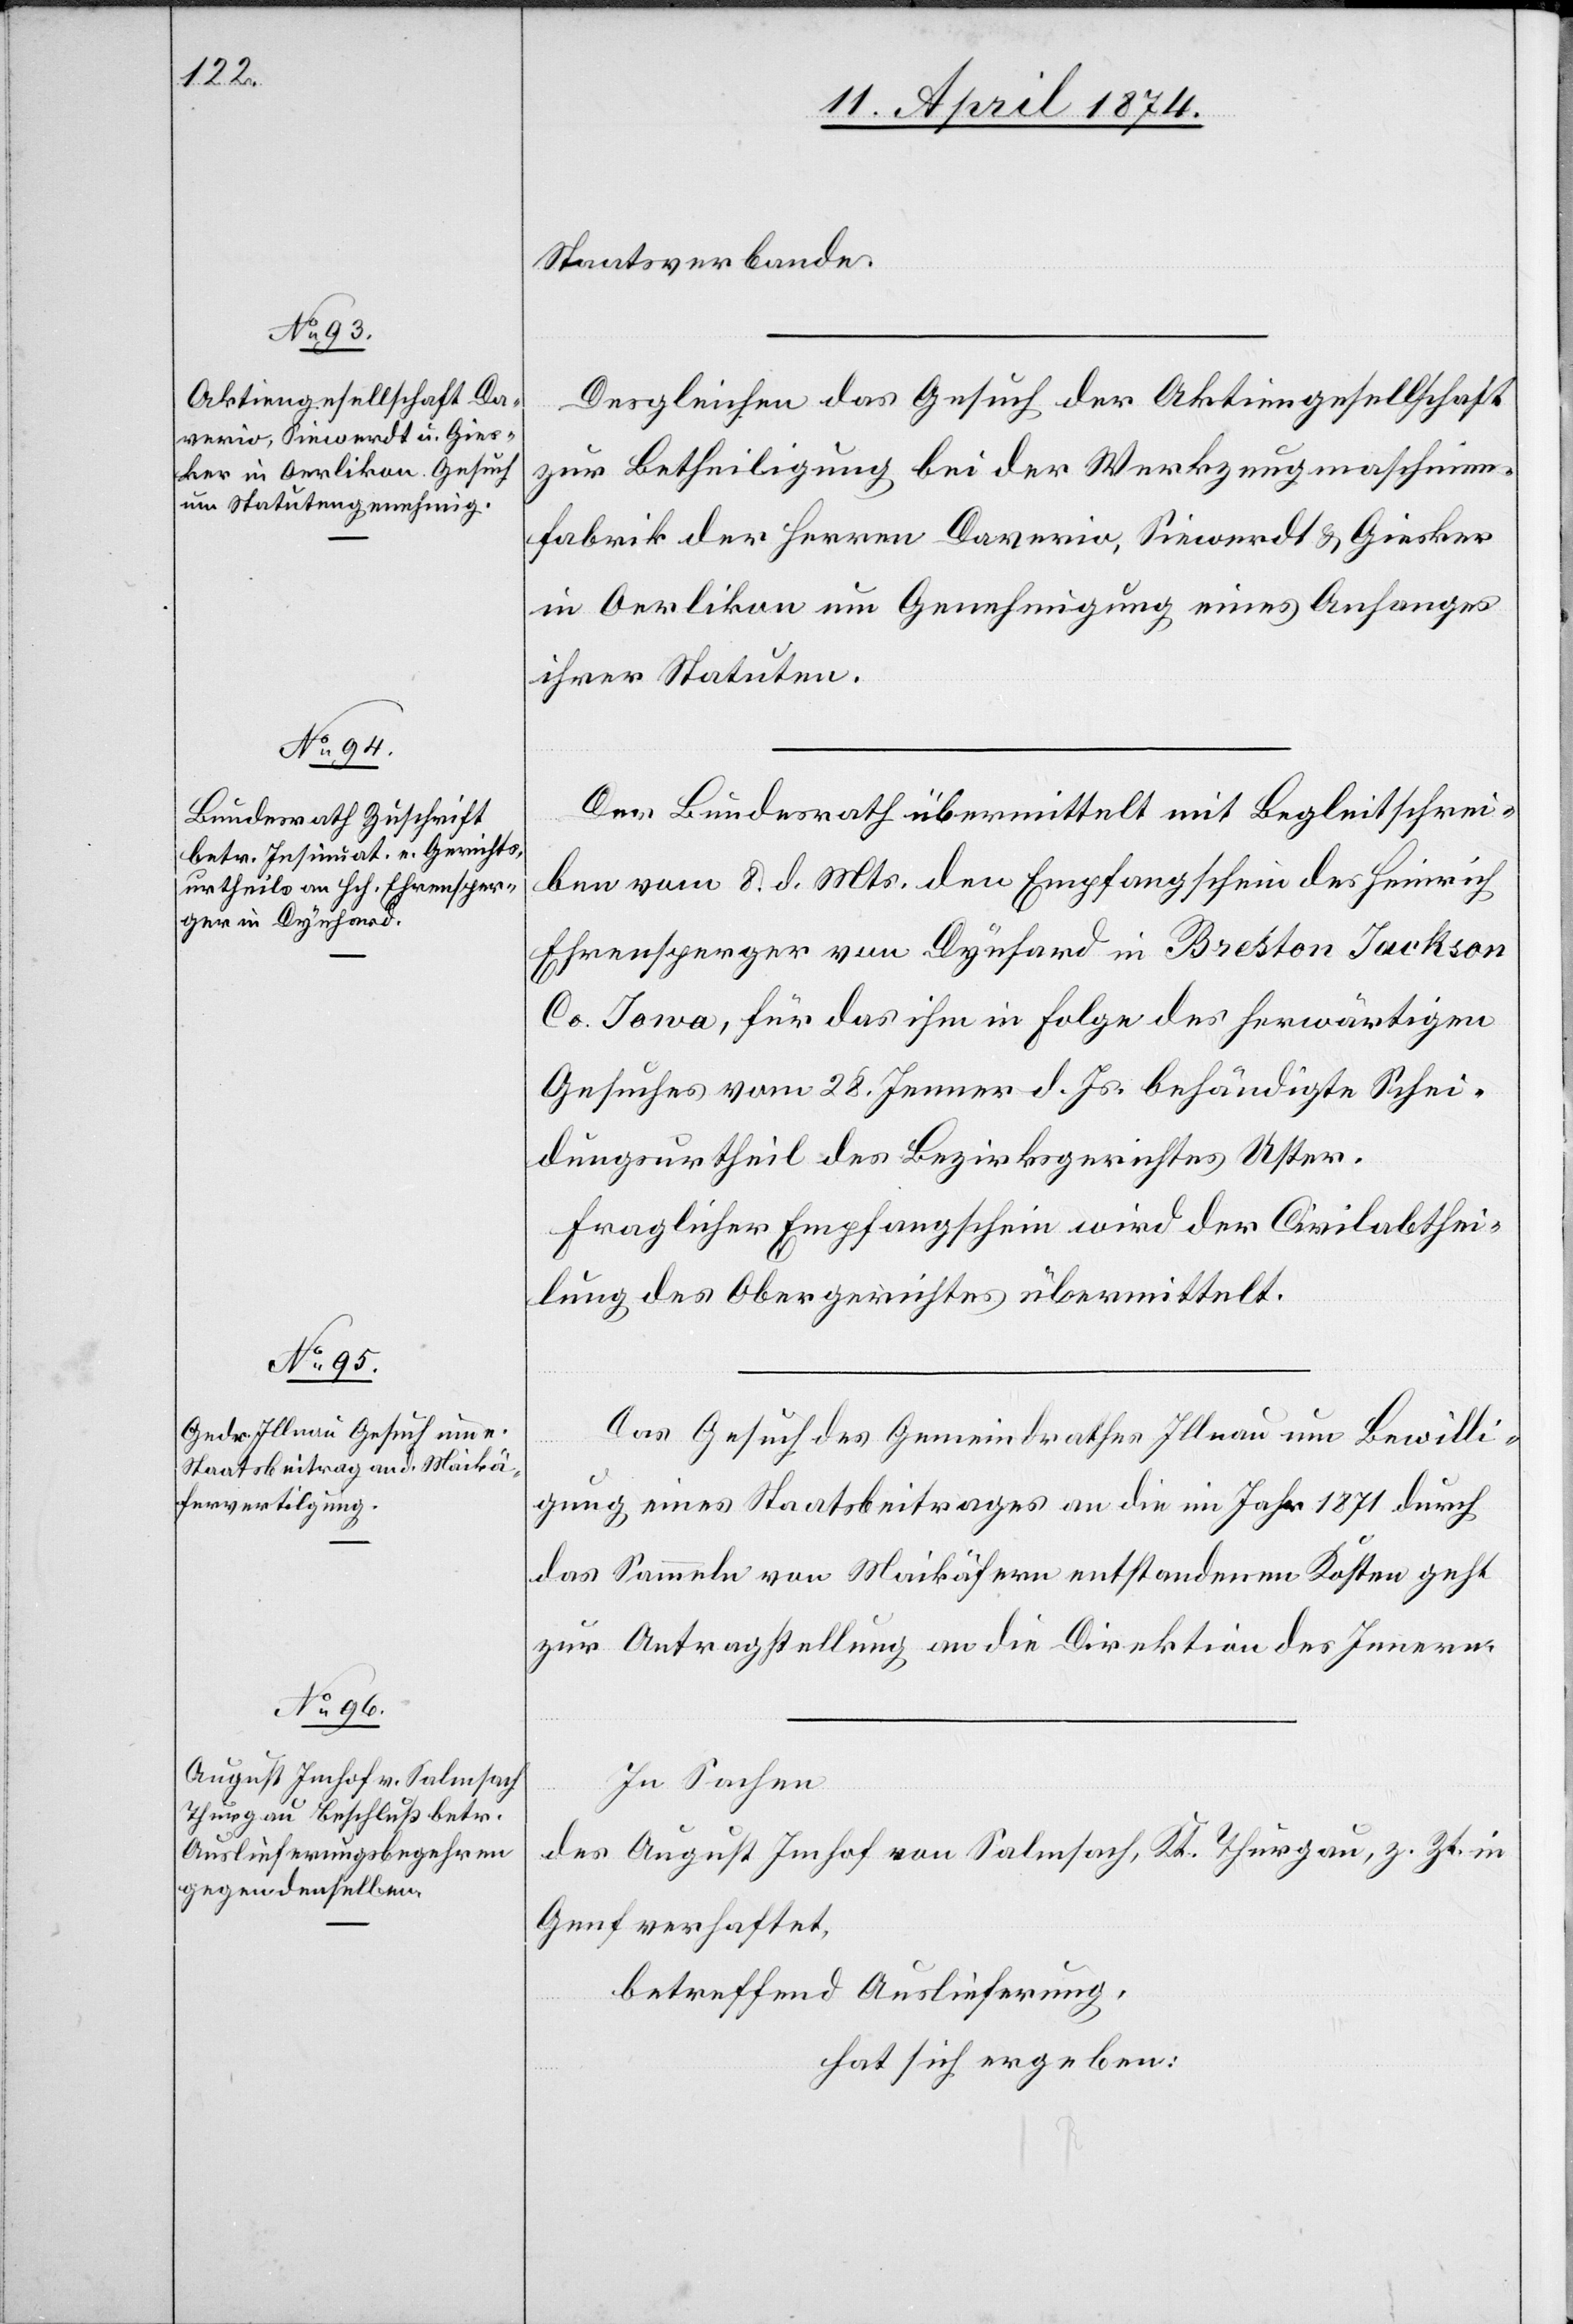
14. April 1874.]
Staatsverbande.
Desgleichen das Gesuch der Aktiengesellschaft
zur Betheiligung bei der Werkzeugmaschinen¬
fabrik der Herren Daverio, Siewerdt u. Giesker
in Oerlikon um Genehmigung eines Anhanges
ihrer Statuten.
Der Bundesrath übermittelt mit Begleitschrei¬
ben vom 8. d. Mts. den Empfangschein des Heinrich
Ehrensperger von Dynhard in Breston Jackson
Co. Iowa, für das ihm in Folge des herwärtigen
Gesuches vom 28. Jenner d. Js. behändigte Schei¬
dungsurtheil des Bezirksgerichtes Uster.
Fraglicher Empfangschein wird der Civilabthei¬
lung des Obergerichtes übermittelt.
Das Gesuch des Gemeindrathes Illnau um Bewilli¬
gung eines Staatsbeitrages an die im Jahr 1871 durch
das Sammeln von Maikäfern entstandenen Kosten geht
zur Antragstellung an die Direktion des Innern.
In Sachen
des August Imhof von Salmsach, Kt. Thurgau, z. Zt. in
Genf verhaftet,
betreffend Auslieferung
hat sich ergeben: